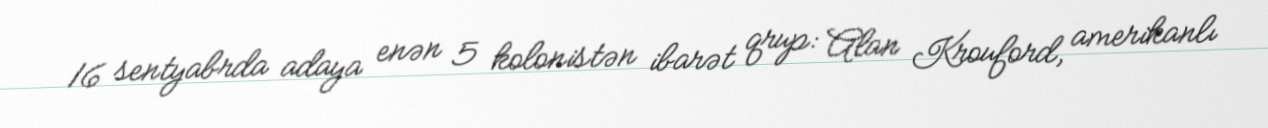
16 sentyabrda adaya enən 5 kolonistən ibarət qrup: Alan Krouford, amerikanlı